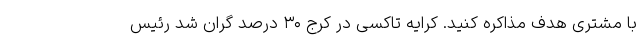
با مشتری هدف مذاکره کنید. کرایه تاکسی در کرج ۳۰ درصد گران شد رئیس